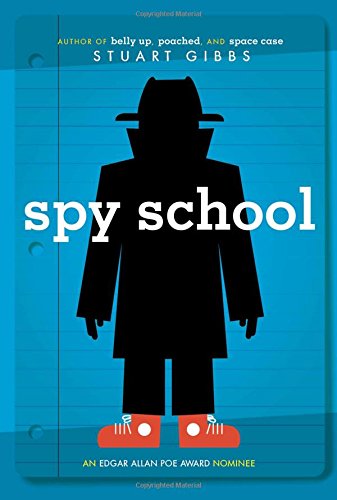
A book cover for Spy School; Stuart Gibbs; Children's Books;